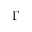
\Gamma